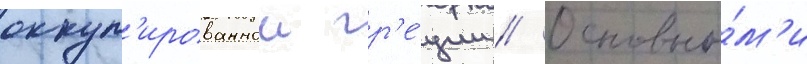
оккуп'ированнои гр'е́ции // Основны́м'и